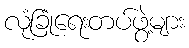
လုံခြုံရေးတပ်ဖွဲ့များ